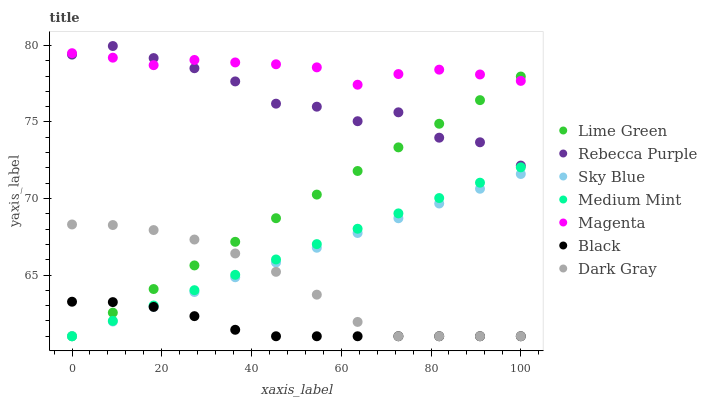
| xaxis_label | Lime Green | Rebecca Purple | Sky Blue | Medium Mint | Magenta | Black | Dark Gray |
 | --- | --- | --- | --- | --- | --- | --- | --- |
 | 0 | 61 | 79.4 | 61 | 61 | 79.5 | 63.3 | 68.3 |
 | 9.09 | 62.5 | 80 | 62 | 62 | 79.2 | 63.2 | 68.3 |
 | 18.2 | 64.1 | 79.2 | 62.9 | 63 | 78.7 | 62.9 | 67.9 |
 | 27.3 | 65.6 | 78.5 | 63.9 | 64 | 79.1 | 62.3 | 67.3 |
 | 36.4 | 67.2 | 77.7 | 64.9 | 65 | 78.9 | 61.4 | 66.4 |
 | 45.5 | 68.7 | 76.2 | 65.8 | 66 | 78.8 | 61 | 65.2 |
 | 54.5 | 70.3 | 76 | 66.8 | 67 | 78.6 | 61 | 63.7 |
 | 63.6 | 71.8 | 75.1 | 67.7 | 68 | 77.4 | 61 | 61.9 |
 | 72.7 | 73.3 | 75.6 | 68.7 | 69 | 78.1 | 61 | 61 |
 | 81.8 | 74.9 | 74 | 69.7 | 70 | 78.4 | 61 | 61 |
 | 90.9 | 76.4 | 73.7 | 70.6 | 71 | 78.1 | 61 | 61 |
 | 100 | 78 | 72.2 | 71.6 | 72 | 77.7 | 61 | 61 |